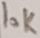
Text: 10K